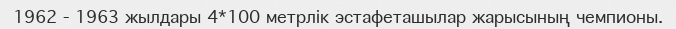
1962 - 1963 жылдары 4*100 метрлік эстафеташылар жарысының чемпионы.